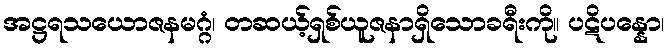
အဋ္ဌရသယောဇနမဂ္ဂံ၊ တဆယ့်ရှစ်ယူဇနာရှိသောခရီးကို။ ပဋိပန္နော၊